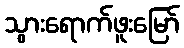
သွားရောက်ဖူးမြော်